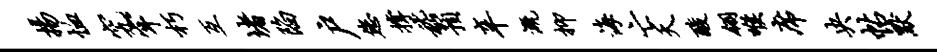
扬恤究牢朽互堵陷户您撑嵇预辛溉抑海亡夭酸翎喉席央帖默